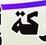
كة